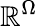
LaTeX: \mathbb{R}^{\Omega}